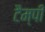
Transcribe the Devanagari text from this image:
टैम्पी